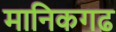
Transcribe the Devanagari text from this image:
मानिकगढ